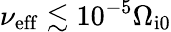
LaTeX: \nu_{\mathrm{eff}}\lesssim 10^{-5}\Omega_{\mathrm{i0}}